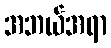
အဘယ်အရာ